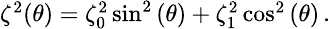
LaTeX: \begin{array}{r}{\small\zeta^{2}(\theta)=\zeta_{0}^{2}\sin^{2}\left(\theta\right)+\zeta_{1}^{2}\cos^{2}\left(\theta\right)\, .}\end{array}